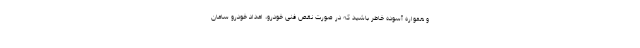
و همواره آسوده خاطر باشید که در صورت نقص فنی خودرو، امداد خودرو سامان